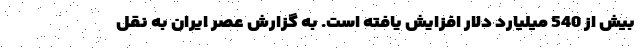
بیش از 540 میلیارد دلار افزایش یافته است. به گزارش عصر ایران به نقل